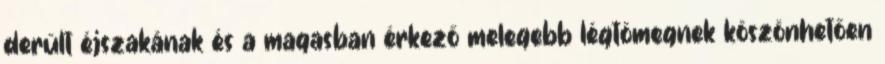
derült éjszakának és a magasban érkező melegebb légtömegnek köszönhetően